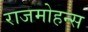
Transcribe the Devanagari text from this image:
राजमोहन्स